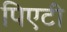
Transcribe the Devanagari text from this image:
पिएटी